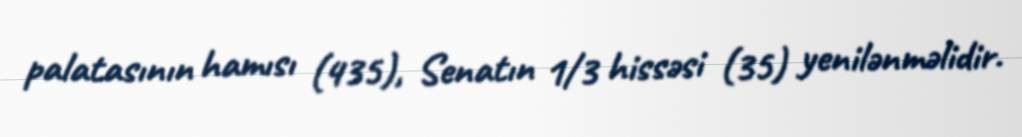
palatasının hamısı (435), Senatın 1/3 hissəsi (35) yenilənməlidir.